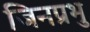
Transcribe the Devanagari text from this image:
जिनप्रभु